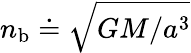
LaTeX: n_{\mathrm{b}}\doteq\sqrt{GM/a^{3}}